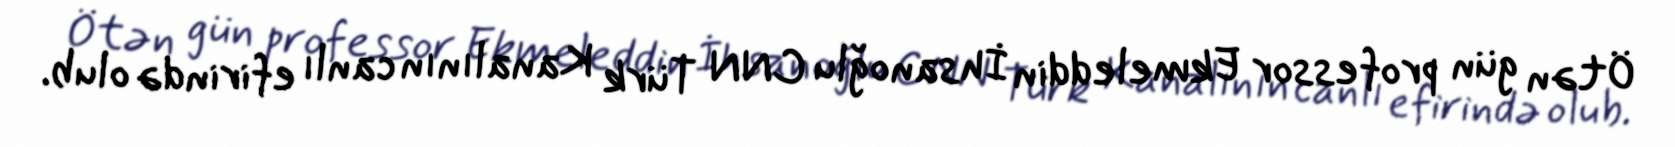
Ötən gün professor Ekmeleddin İhsanoğlu CNN Türk Kanalının canlı efirində olub.